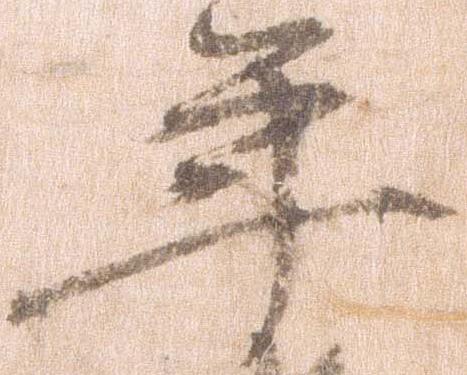
年